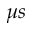
\mu s